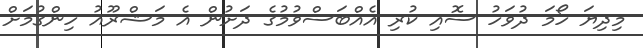
މިދިޔަ ހޯމަ ދުވަހު ސޮއި ކުރި އެއްބަސްވުމުގެ ދަށުން އެ މަޝްރޫއު ހިންގުމަށް